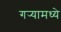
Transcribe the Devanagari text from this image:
गर्‍यामध्ये